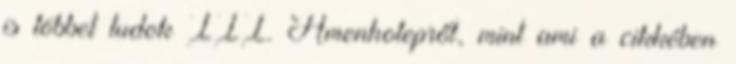
is többet tudok III. Amenhotepről, mint ami a cikkében